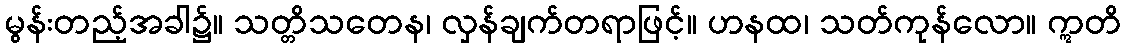
မွန်းတည့်အခါ၌။ သတ္တိသတေန၊ လှန်ချက်တရာဖြင့်။ ဟနထ၊ သတ်ကုန်လော။ ဣတိ